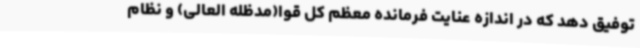
توفیق دهد که در اندازه عنایت فرمانده معظم کل قوا(مدظله العالی) و نظام